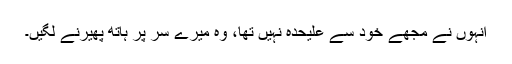
انہوں نے مجھے خود سے علیحدہ نہیں تھا، وہ میرے سر پر ہاتھ پھیرنے لگیں۔